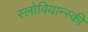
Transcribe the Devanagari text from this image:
स्लोवियान्स्की